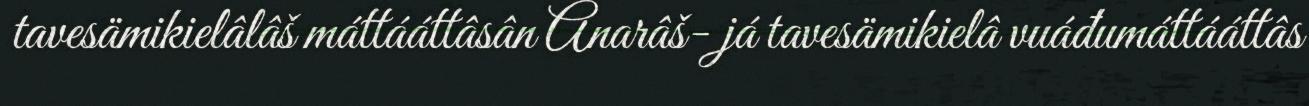
tavesämikielâlâš máttááttâsân Anarâš- já tavesämikielâ vuáđumáttááttâs